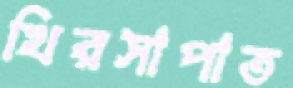
খিরসাপাত